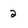
Character: 2